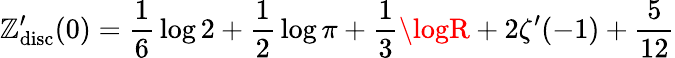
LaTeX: \mathbb{Z}_{\mathrm{{disc}}}^{\prime}(0)={\frac{{1}}{{6}}}\log2+{\frac{{1}}{{2}}}\log\pi+{\frac{{1}}{{3}}}\logR+2\zeta^{\prime}(-1)+{\frac{{5}}{{12}}}